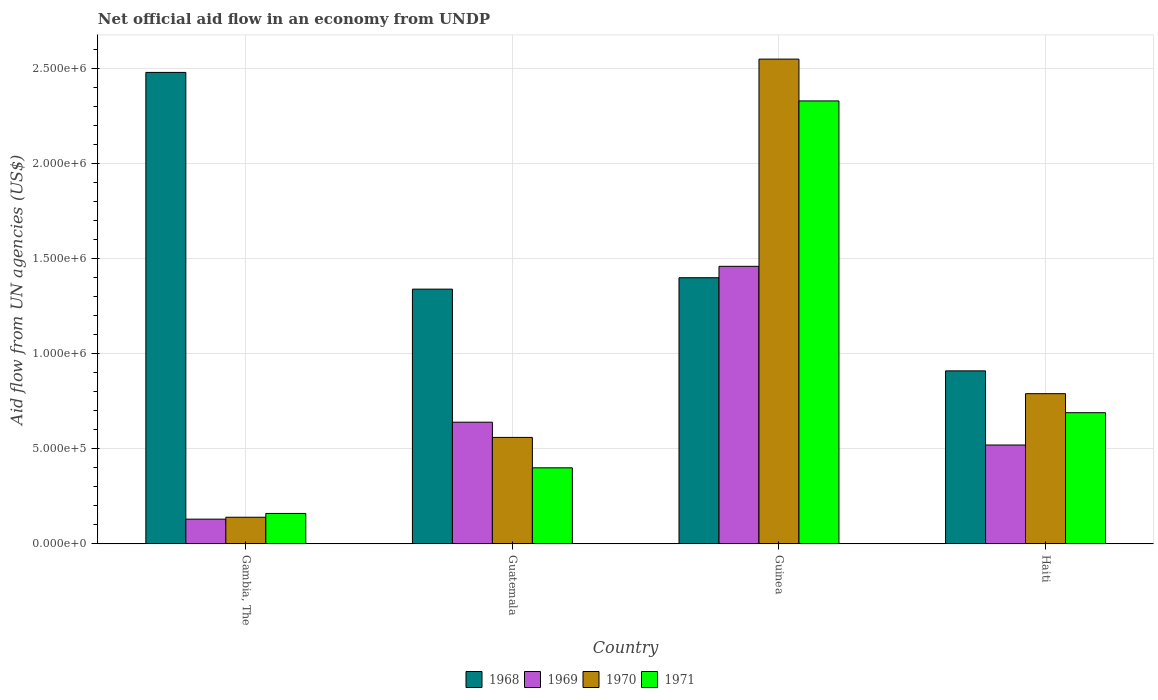
| Country | 1968 | 1969 | 1970 | 1971 |
 | --- | --- | --- | --- | --- |
 | Gambia, The | 2.48e+06 | 1.3e+05 | 1.4e+05 | 1.6e+05 |
 | Guatemala | 1.34e+06 | 6.4e+05 | 5.6e+05 | 4e+05 |
 | Guinea | 1.4e+06 | 1.46e+06 | 2.55e+06 | 2.33e+06 |
 | Haiti | 9.1e+05 | 5.2e+05 | 7.9e+05 | 6.9e+05 |